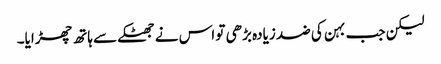
لیکن جب بہن کی ضد زیادہ بڑھی تو اس نے جھٹکے سے ہاتھ چھڑایا۔